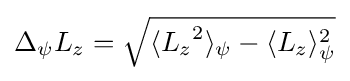
\Delta _{\psi }L_{z}={\sqrt {\langle {L_{z}}^{2}\rangle _{\psi }-\langle {L_{z}}\rangle _{\psi }^{2}}}